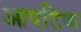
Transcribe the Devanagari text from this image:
आपटिक